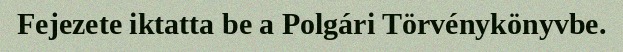
Fejezete iktatta be a Polgári Törvénykönyvbe.